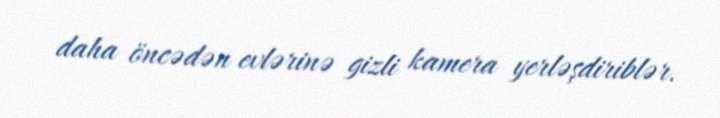
daha öncədən evlərinə gizli kamera yerləşdiriblər.